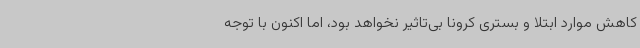
کاهش موارد ابتلا و بستری کرونا بی‌تاثیر نخواهد بود، اما اکنون با توجه